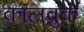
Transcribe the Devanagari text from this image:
कॉलब्रुक